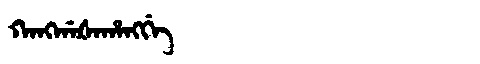
Manchu: ᡴᠠᠩᡤᠠᡧᠠᡥᠠᠩᡤᡝ
Romanization: KANGGAŠAHANGGE